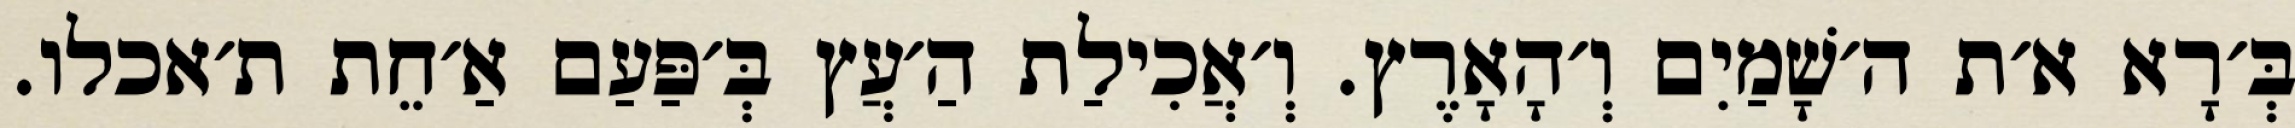
בְּ׳רָא א׳ת ה׳שָׁמַיִם וְ׳הָאָרֶץ. וְ׳אֲכִילַת הַ׳עֲץ בְּ׳פַּעַם אַ׳חֵת ת׳אכלו.